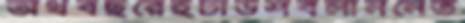
অর্থবছরেইঢাউশবলাননেত